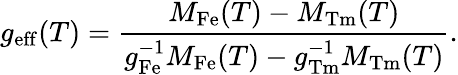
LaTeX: g_{\mathrm{eff}}(T)=\frac{M_{\mathrm{Fe}}(T)-M_{\mathrm{Tm}}(T)}{g_{\mathrm{Fe}}^{-1}M_{\mathrm{Fe}}(T)-g_{\mathrm{Tm}}^{-1}M_{\mathrm{Tm}}(T)}.